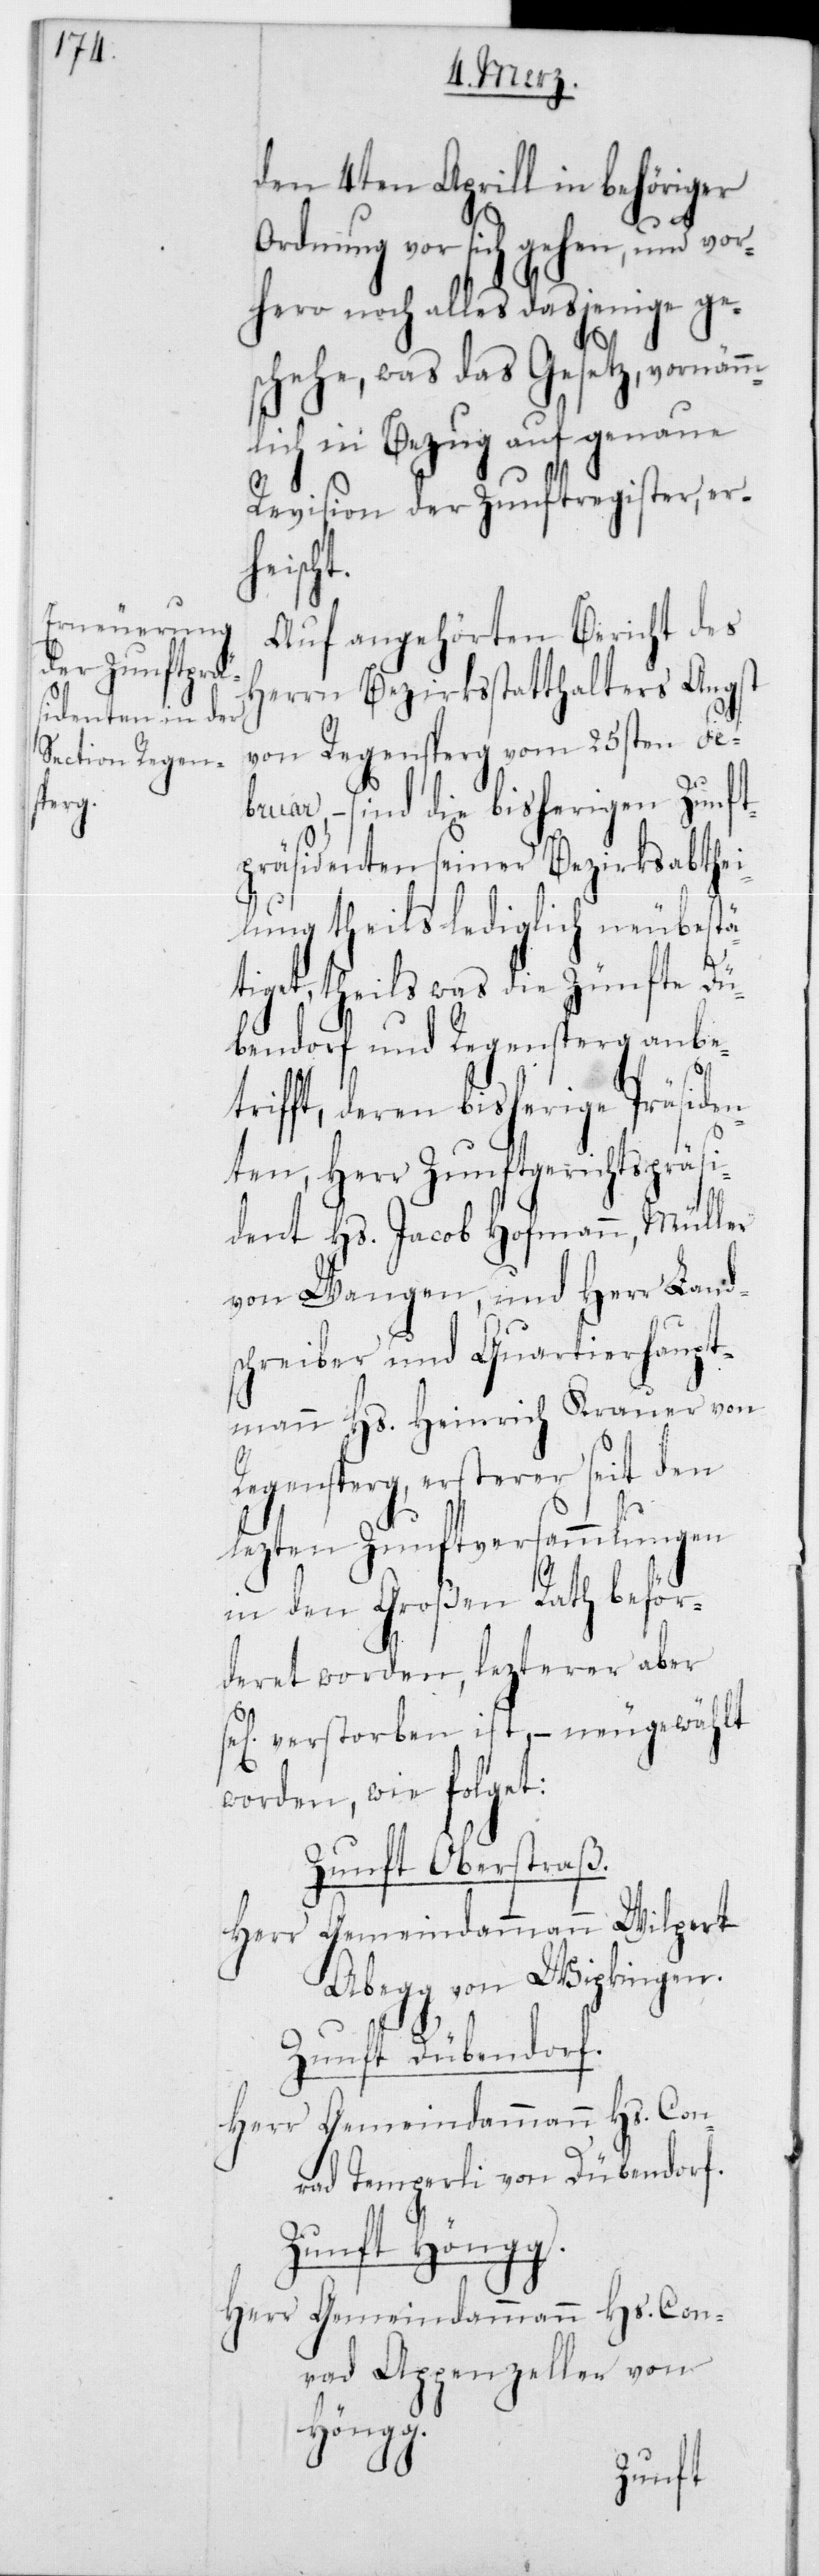
den 4ten Aprill in behöriger
Ordnung vor sich gehen, und vor¬
hero noch alles dasjenige ge¬
schehe, was das Gesetz, vornämm¬
lich in Bezug auf genaue
Revision der Zunftregister, er¬
scht.
Auf angehörten Bericht des
Herrn Bezirksstatthalters Angst
von Regensperg vom 25sten Feb¬
ruar, – sind die bisherigen Zunft¬
präsidenten seiner Bezirksabthei¬
lung theils lediglich neu bestä¬
tiget, theils was die Zünfte Dü¬
bendorf und Regensperg anbe¬
trifft, deren bisherige Präsiden¬
ten, Herr Zunftgerichtspräsi¬
dent Hs. Jacob Hofmann, Müller
von Wangen, und Herr Land¬
schreiber und Quartierhaupt¬
mann Hs. Heinrich Krauer von
Regensperg, ersterer seit den
lezten Zunftversammlungen
in den Großen Rath beför¬
deret worden, lezterer aber
sel. verstorben ist, – neugewählt
worden, wie folget:
Zunft Oberstraß.
Herr Gemeindammann Wilpert
Abegg von Wipkingen.
Zunft Dübendorf.
Herr Gemeindammann Hs. Con¬
rad Temperli von Dübendorf.
Zunft Höngg.
Herr Gemeindammann Hs. Con¬
rad Appenzeller von
Höngg.